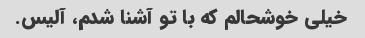
خیلی خوشحالم که با تو آشنا شدم، آلیس.